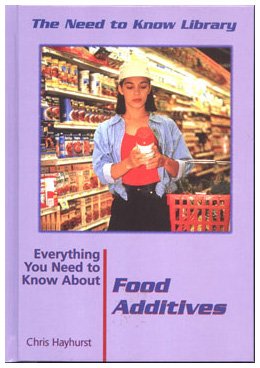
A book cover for Everything You Need to Know About Food Additives (Need to Know Library); Chris Hayhurst; Health, Fitness & Dieting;